Bréfritari: Þórunn Pálsdóttir
Viðtakandi: Sigríður Pálsdóttir
Dagsetning: A-1871-06-17
Skrifað á: Hallfreðarstöðum  N-Múl.
Sigríður var systir Þórunnar

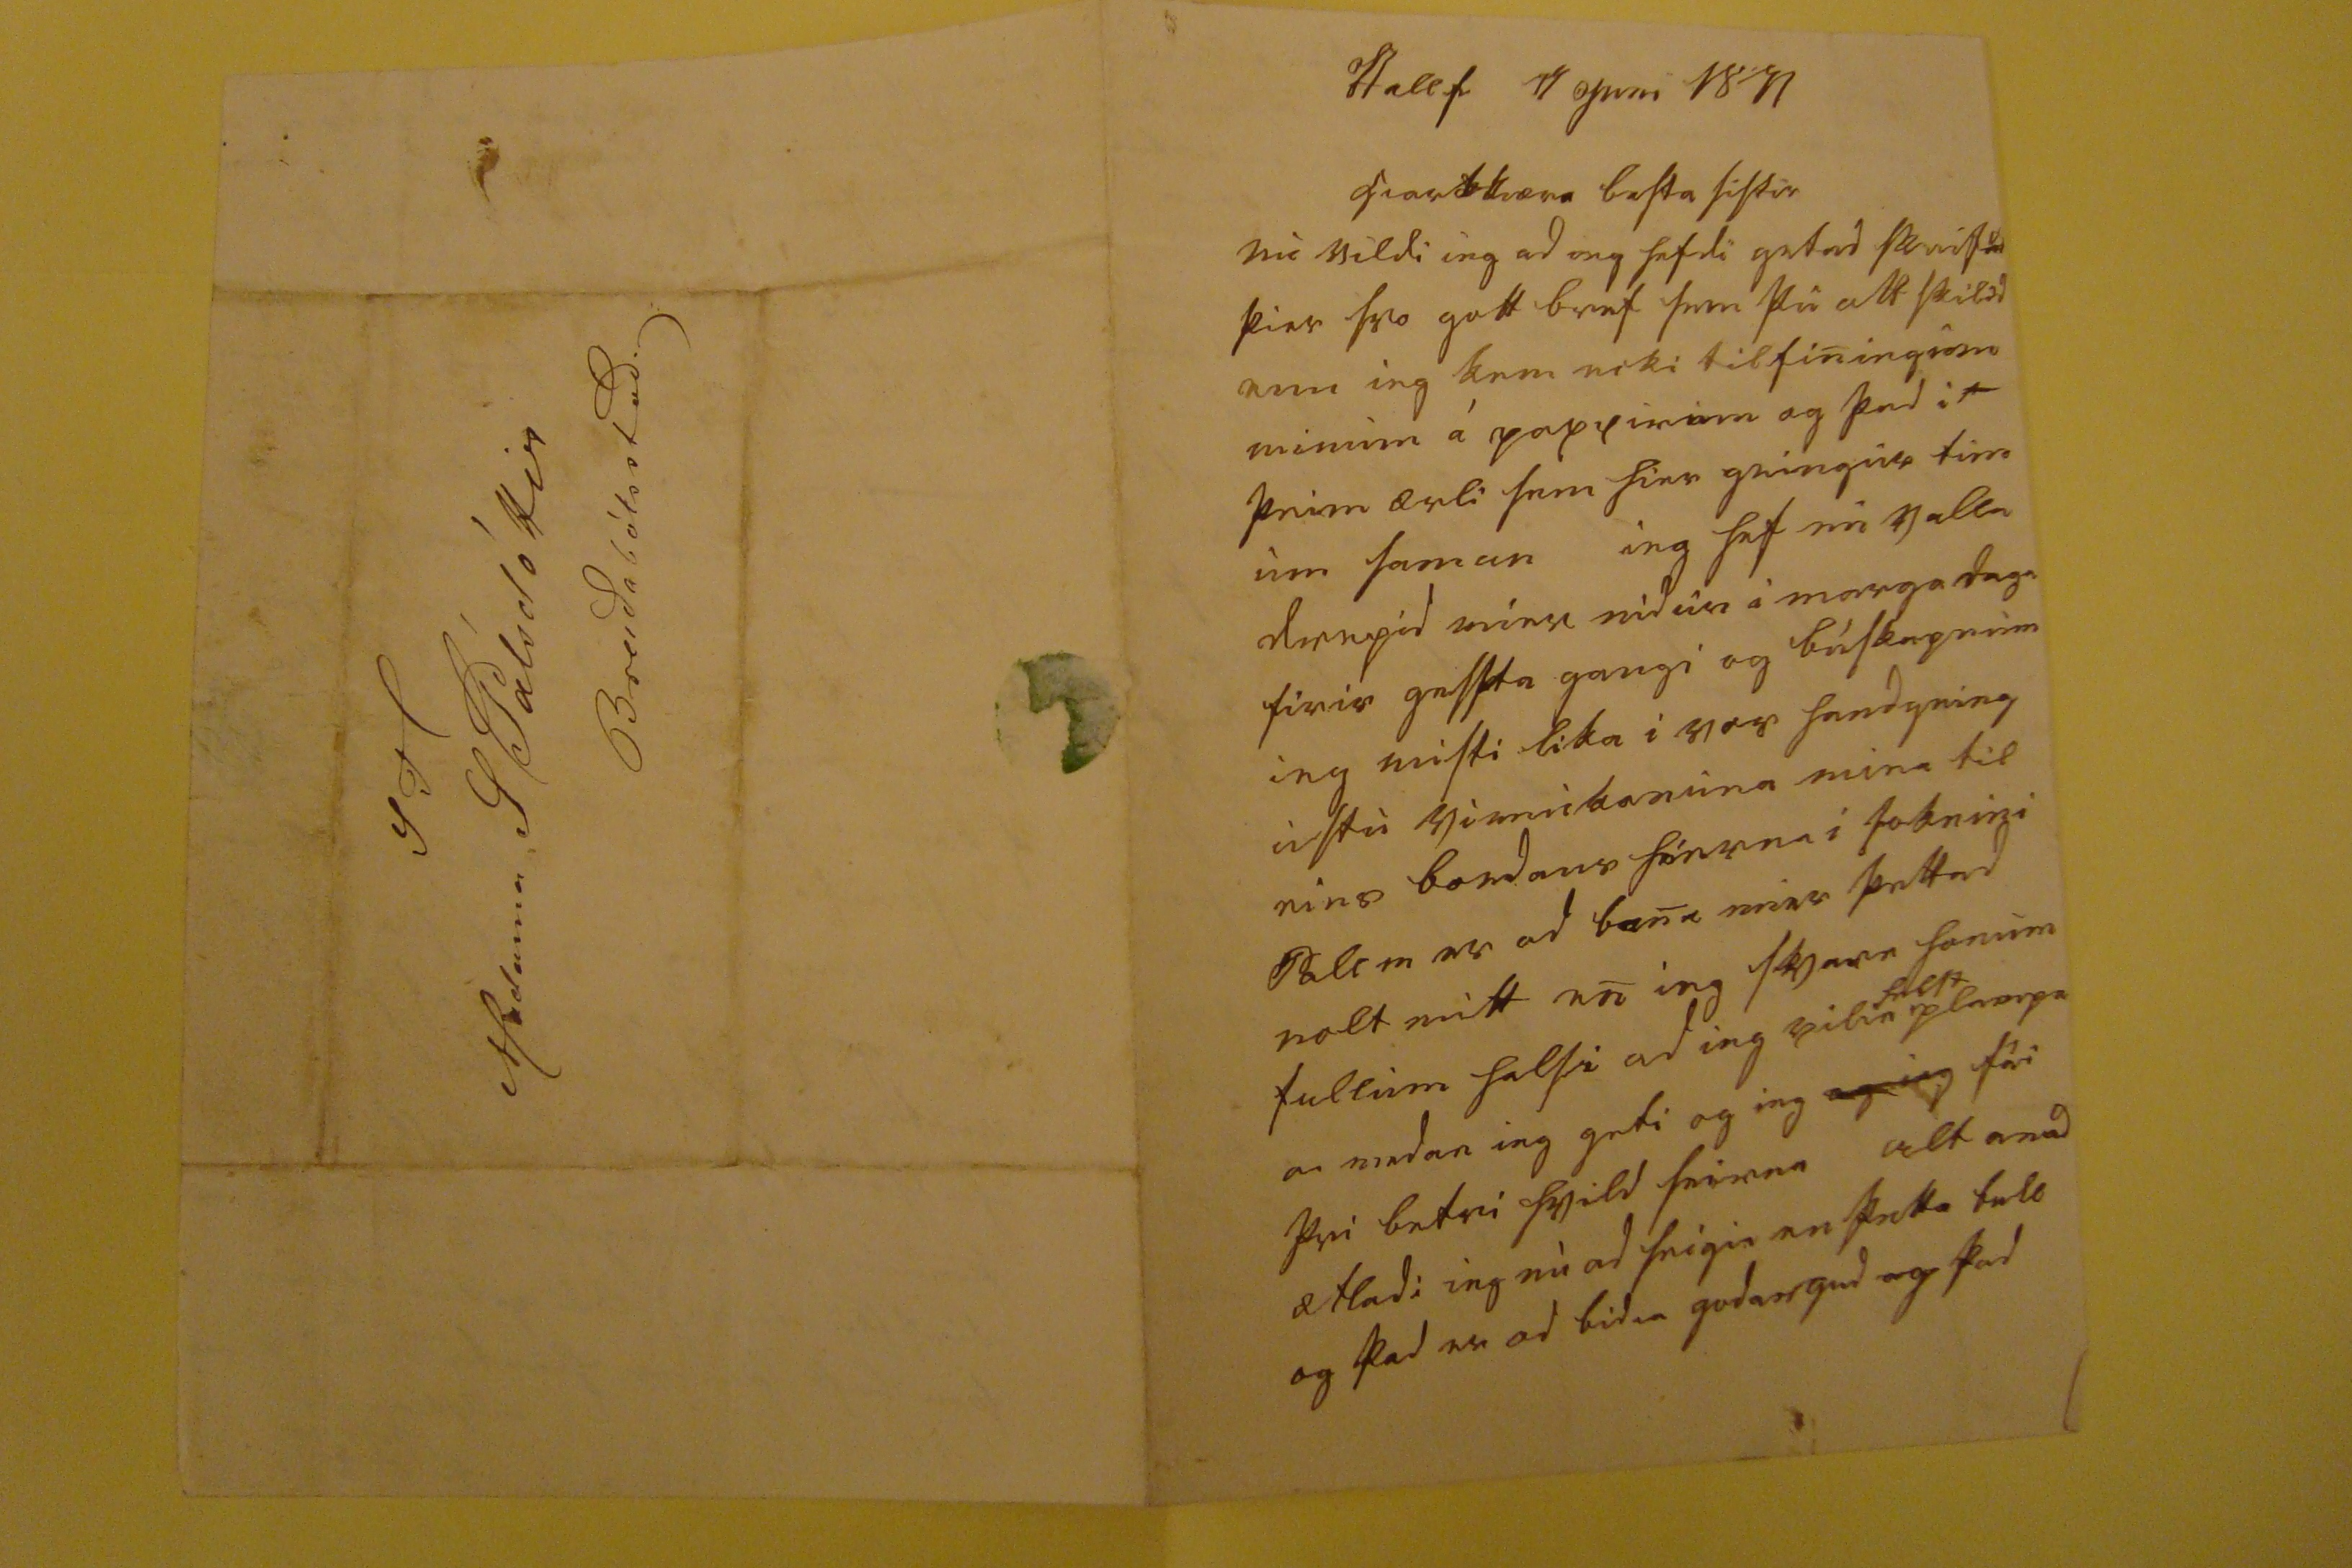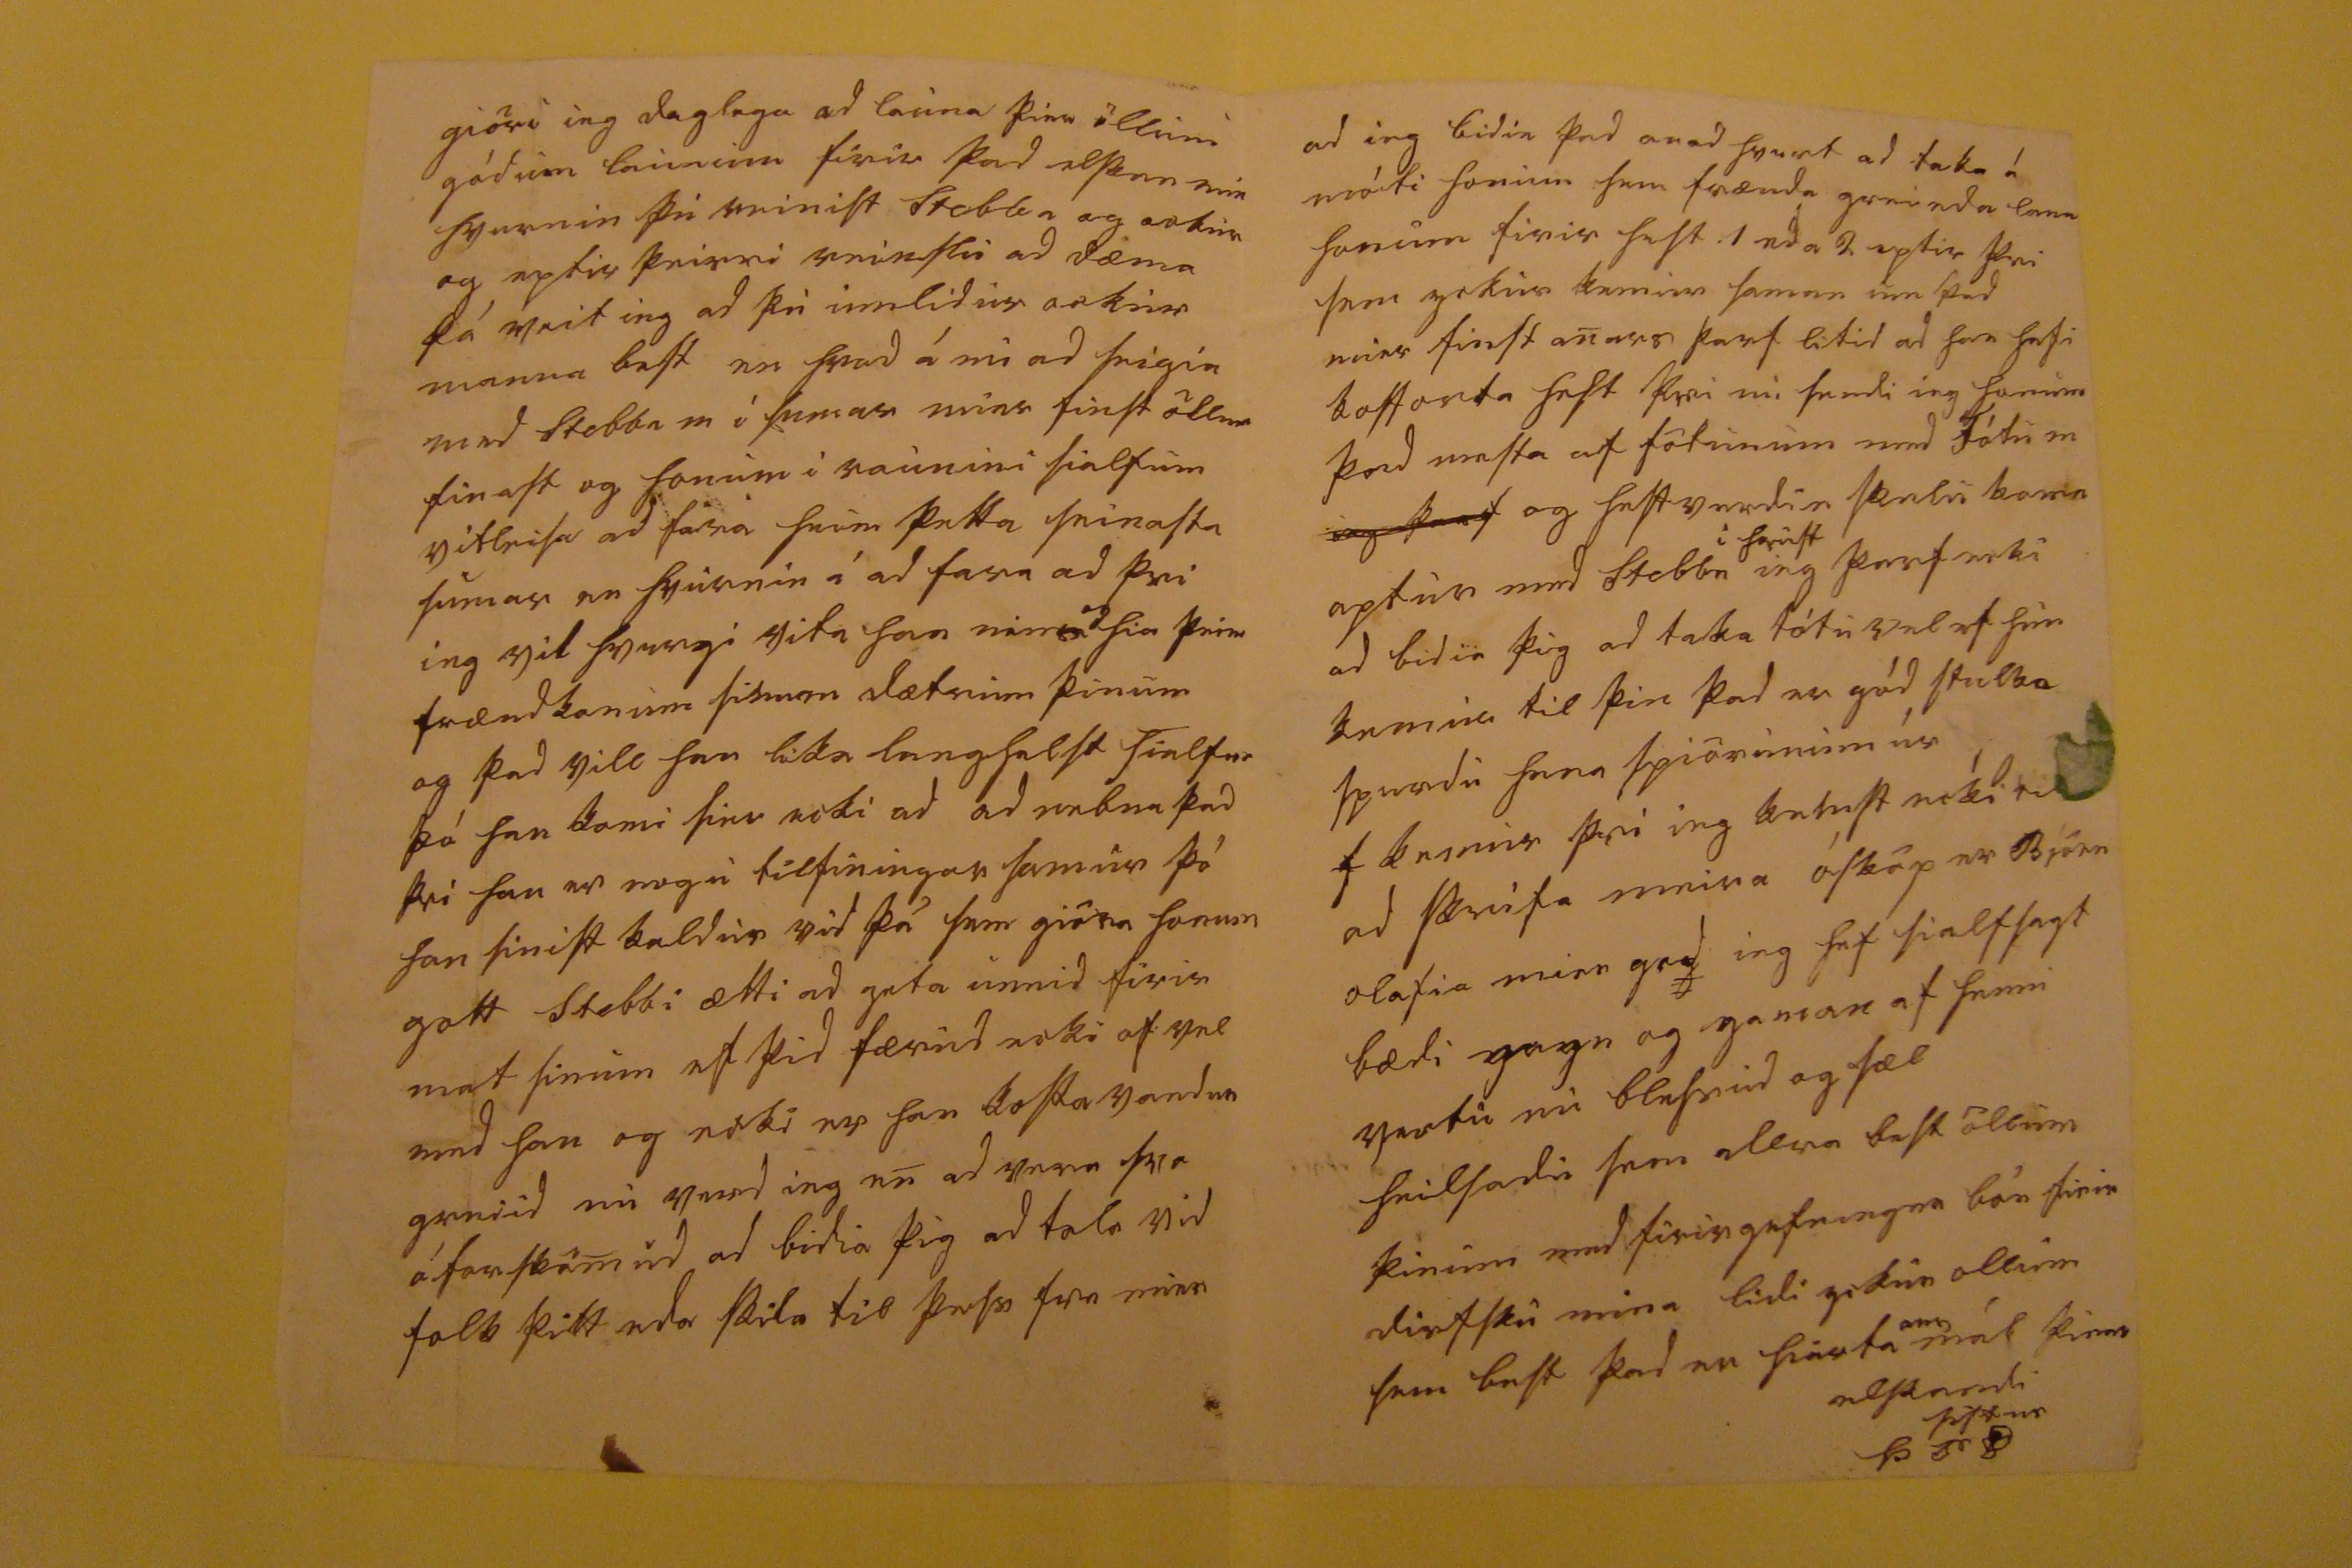

Hallf 17 Juni 1871
hiartkiæra besta sistir
nu vildi ieg ad ieg hefdi getad skrifad þier svo gott bref sem þu att skilid enn ieg kem ecki tilfiningum minum á pappirinn og þad
i0
þeim ærli sem hier geingur tim um saman ieg hef en valla drepid mier nidur á marga daga firir gessta gangi og búskapnum ieg misti lika i vor handgeing ustu vinnukonuna mina til eins bondans hierna i soknini Pall m er ad bana mier þettad
rolt
mitt en ieg svara honum fullum halsi ad ieg vili
a
helst
ple00pa
a medan ieg geti og ieg
og ieg
fái þvi betri hvild heirna alt anad ætladi ieg nu ad seigia en þetta bull og þad er ad bidia godan gud og þad
giöri ieg daglega ad launa þier öllum gódum launum firir þad elskan min hvurnin þu reinist Stebba og ockur og eptir þeirri reinslu ad dæma þá veit ieg ad þu
umlidur
ockur manna best en hvad á nu ad seigia med Stebba m i sumar mier finst öllum finast og honum i raunini sialfum vitleisa ad fara heim þetta seinasta sumar en hvurnin á ad fara ad þvi ieg vil hvergi vita han
einns
og
hia þeim frændkonum sinum dætrum þinum og þad vill han lika langhelst sialfur þó han komi sier ecki ad ad nefna þad þvi han er nogu tilfinnar samur þó han sinist kaldur vid þá sem giöra honum gott Stebbi ætti ad geta unnid firir mat sinum ef þid færud ecki of vel med han og ecki er han kostavandur greiid nu verd ieg en ad vera svo óforskömud ad bidia þig ad tala vid folk þitt eda skila til þess fra mier
ad ieg bidia þad anad hvurt ad taka á móti honum sem frænda greinda laun sonum firir helst 1 eda 2 eptir þvi sem yckur kemur saman um þad mier finst anars þarf litid ad han hafi kofforta hest þvi nu sendi ieg honum þad mesta af fötunum med Tótu m
ieg þarf
og helst verdur skulu komin aptur med Stebba
i haust
ieg þarf ecki ad bidia þig ad taka tótu vel ef hun kemur til þin þad er gód stulka spurdu hana spiörunum úr f kemur þvi ieg kemst ecki til ad skrifa meira ósköp er Björn Olafia mier god ieg hef sialfsagt bædi gagn og gaman af henni vertu nu blessud og sæl heilsadu sem allra best öllum þinum med firirgefningna bön firir dirfsku mina lidi yckur ollum sem best þad er hiarta
ans
mál
þinar elskandi sistur
Þor P
S T Madame S Pálsdóttir Breidabólsstad.